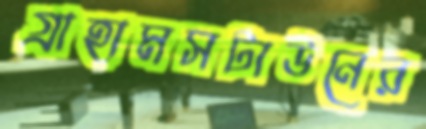
গ্রাহামসটাউনের